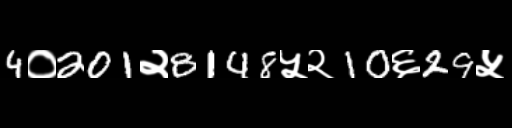
Text: 4०201२8148५२10६29५